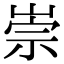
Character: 崇